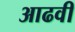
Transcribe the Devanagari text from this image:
आढवी